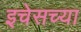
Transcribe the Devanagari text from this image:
इचेसच्या